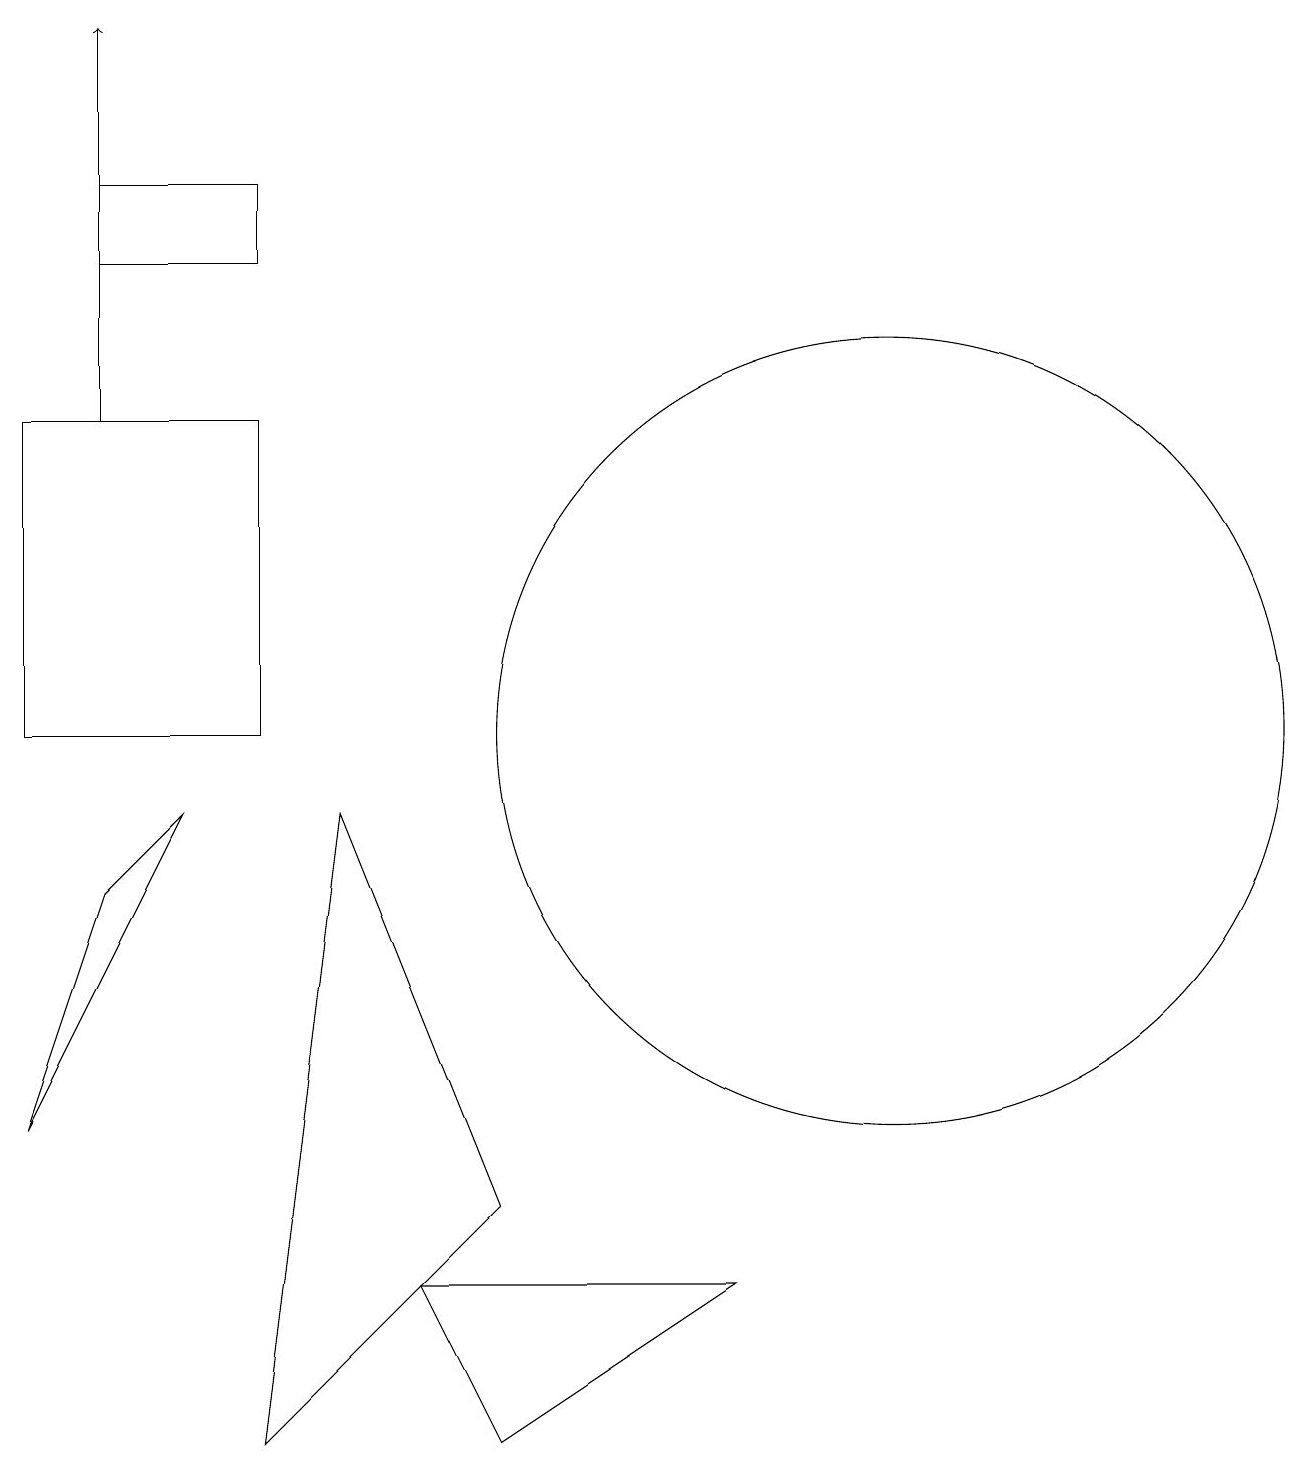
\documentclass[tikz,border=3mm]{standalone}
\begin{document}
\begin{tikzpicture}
\draw (4,9) -- (3,1) -- (6,4) -- cycle;
\draw (11,10) circle (5);
\draw (1,16) rectangle (3,17);
\draw (3,14) rectangle (0,10);
\draw (9,3) -- (5,3) -- (6,1) -- cycle;
\draw (2,9) -- (1,8) -- (0,5) -- cycle;
\draw[->] (1,14) -- (1,19);
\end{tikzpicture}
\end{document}